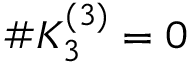
\# K _ { 3 } ^ { ( 3 ) } = 0